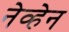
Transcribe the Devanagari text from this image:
नेव्हेन